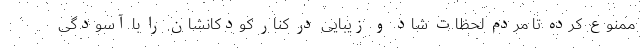
ممنوع کرده تا مردم لحظاتِ شاد و زیبایی در کنار کودکانشان را با آسودگی